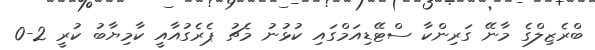
ބްރެޒިލްގެ މާނޭ ގަރިންކާ ސްޓޭޑިއަމްގައި ކުޅުނު މެޗު ޕެރެގުއާއީ ކާމިޔާބު ކުރީ 2-0